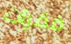
فقرات